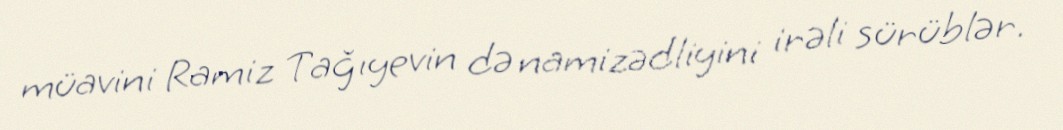
müavini Ramiz Tağıyevin də namizədliyini irəli sürüblər.